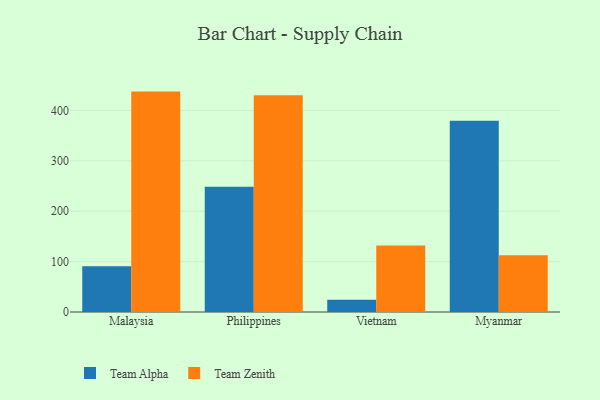
{"axis": {"x": "Country", "y": "Latency (ms)"}, "legend": ["Team Alpha", "Team Zenith"], "data": [{"x": "Malaysia", "y": 90.7, "type": "Team Alpha"}, {"x": "Malaysia", "y": 437.4, "type": "Team Zenith"}, {"x": "Philippines", "y": 248.6, "type": "Team Alpha"}, {"x": "Philippines", "y": 430.4, "type": "Team Zenith"}, {"x": "Vietnam", "y": 24.2, "type": "Team Alpha"}, {"x": "Vietnam", "y": 132.0, "type": "Team Zenith"}, {"x": "Myanmar", "y": 379.7, "type": "Team Alpha"}, {"x": "Myanmar", "y": 112.5, "type": "Team Zenith"}]}